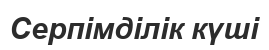
Серпімділік күші